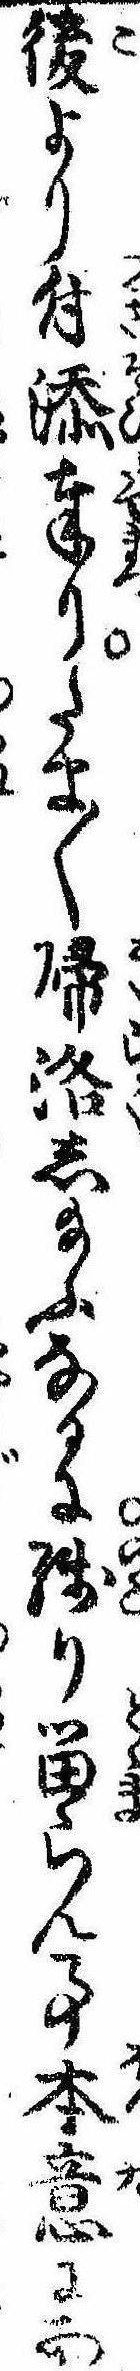
後より付添奉りたま〱帰洛し給ふなるに残り留らん事本意にあ